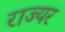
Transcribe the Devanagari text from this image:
राज्यर